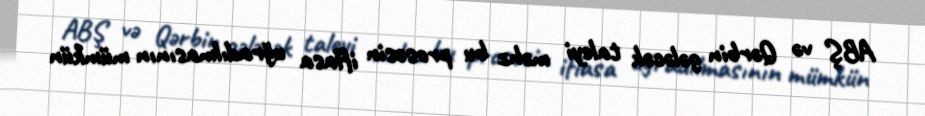
ABŞ və Qərbin gələcək taleyi məhz bu prosesin iflasa uğradılmasının mümkün